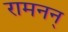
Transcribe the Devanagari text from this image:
रामनन्‌